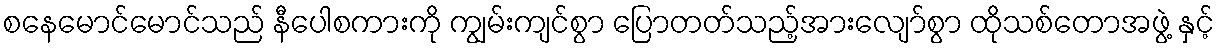
စနေမောင်မောင်သည် နီပေါစကားကို ကျွမ်းကျင်စွာ ပြောတတ်သည့်အားလျော်စွာ ထိုသစ်တောအဖွဲ့ နှင့်